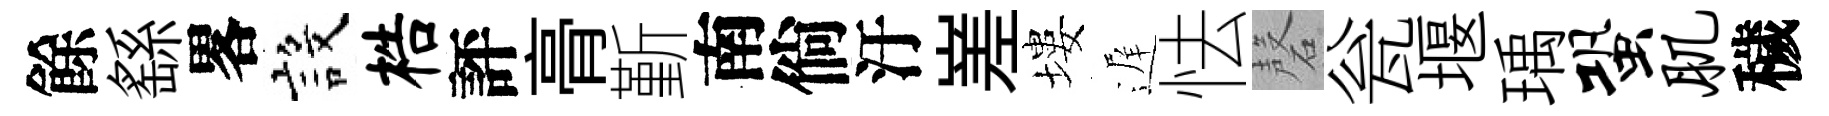
餘繇畧設梏評𮌔斳南倘汙嵳塿遅怯磬瓮堰瑀蛩肌穢